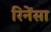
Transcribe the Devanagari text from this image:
रिनेंसा